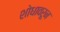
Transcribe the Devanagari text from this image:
शोधावरून